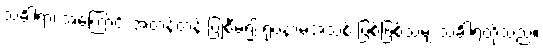
သင်္ခါရာ၊ အကြောင်း အတန်တန် ပြုစီမံ၍ ရုပ်နာမ်အသစ် ဖြစ်ဖြစ်သမျှ သင်္ခါရတို့သည်။